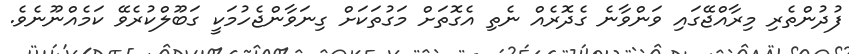
ފުދުންތެރި މިރާއްޖޭގައި ވަންވާނެ ގެދޮރެއް ނެތި އެގޮތަށް މަގުތަކަށް ގިނަވާންޖެހުމަކީ ގަބޫލްކުރެވޭ ކަމެއްނޫނެވެ.